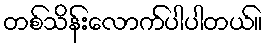
တစ်သိန်းလောက်ပါပါတယ်။